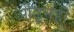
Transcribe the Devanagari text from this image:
ओढूनही